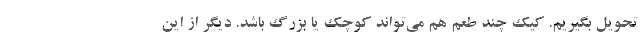
تحویل بگیریم. کیک چند طعم هم می‌تواند کوچک یا بزرگ باشد. دیگر از این